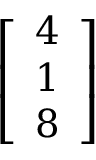
\left[ \begin{array} { l } { 4 } \\ { 1 } \\ { 8 } \end{array} \right]